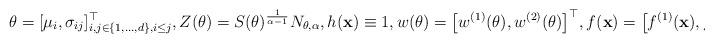
LaTeX: \begin{align*}\theta = [\mu_i,\sigma_{ij}]^\top_{i,j\in\{1,\ldots,d\}, i\le j},Z(\theta) = S(\theta)^{\frac{1}{\alpha -1}} N_{\theta,\alpha},h({\bf{x}})\equiv 1,w(\theta)=\big[w^{(1)}(\theta), w^{(2)}(\theta)\big]^\top,f({\bf{x}}) = \big[ f^{(1)}({\bf{x}}),f^{(2)}({\bf{x}})\big]^\top,\end{align*}